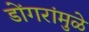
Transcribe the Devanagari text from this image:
डोंगरांमुळे